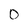
Character: 0